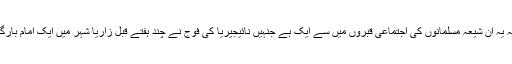
~~الوقت کی رپورٹ کے مطابق انسانی حقوق کے لیے کام کرنے والوں کا کہنا ہے کہ یہ ان شیعہ مسلمانوں کی اجتماعی قبروں میں سے ایک ہے جنہیں نائیجیریا کی فوج نے چند ہفتے قبل زاریا شہر میں ایک امام بارگاہ اور بعد ازاں اسلامی تحریک کے سربراہ کے گھر پر حملے کے دوران شہید کیا تھا۔